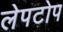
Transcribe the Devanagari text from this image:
लेपटोप